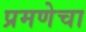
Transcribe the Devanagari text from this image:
प्रमणेचा